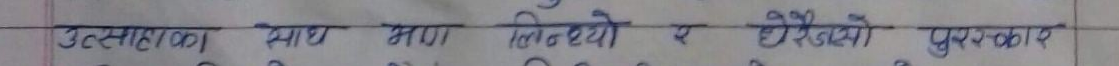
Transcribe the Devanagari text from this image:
उत्साहका साथ भाग लिन्थ्यो र धेरैको पुरस्कार